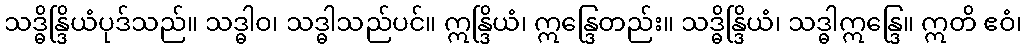
သဒ္ဓိန္ဒြိယံပုဒ်သည်။ သဒ္ဓါဝ၊ သဒ္ဓါသည်ပင်။ ဣန္ဒြိယံ၊ ဣန္ဒြေတည်း။ သဒ္ဓိန္ဒြိယံ၊ သဒ္ဓါဣန္ဒြေ။ ဣတိ ဧဝံ၊